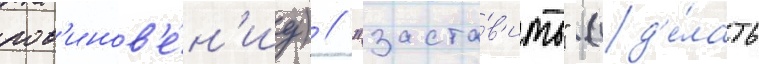
пов'инов'е́н'иу) / "заста́в'ить" (сд'е́лать